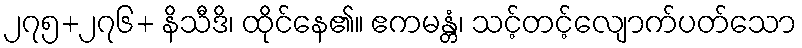
၂၇၅+၂၇၆+ နိသီဒိ၊ ထိုင်နေ၏။ ဧကမန္တံ၊ သင့်တင့်လျောက်ပတ်သော